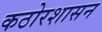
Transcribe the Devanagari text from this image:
कठोरशासन